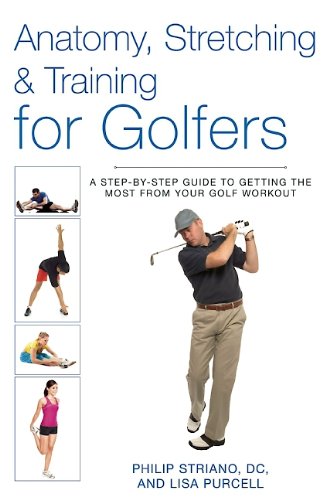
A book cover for Anatomy, Stretching & Training for Golfers: A Step-by-Step Guide to Getting the Most from Your Golf Workout; Philip Striano Dr.; Health, Fitness & Dieting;